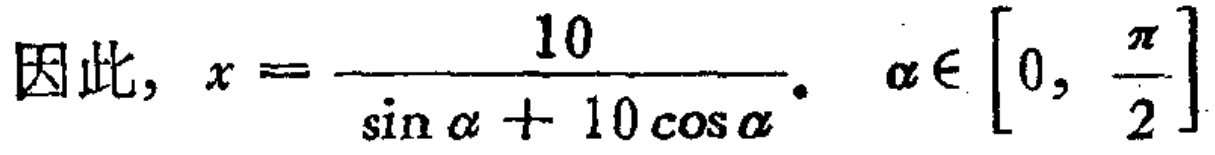
因此, \(x = \frac{10}{\sin \alpha + 10\cos \alpha}.\ \alpha\in \left[0, \frac{\pi}{2}\right]\)